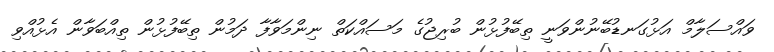
ވައްސަލާމް އަޅުގަނޑުބޭނުންވަނީ ތިބޭފުޅުން ބުރިޖުގެ މަސައްކަތް ނިންމަވާފާ ދަމުން ތިބޭފުޅުން ތިއްބަވާން އެޅުއްވި